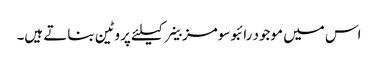
اس میں موجود رائبوسومز خلیے کیلئے پروٹین بناتے ہیں۔